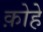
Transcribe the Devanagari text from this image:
क़ोहे